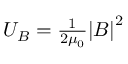
\begin{array} { r } { { U _ { B } } = \frac { 1 } { { 2 { \mu _ { 0 } } } } { \left| B \right| ^ { 2 } } } \end{array}